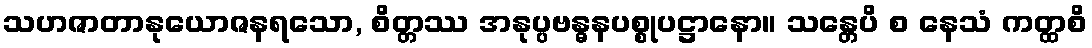
သဟဇာတာနုယောဇနရသော, စိတ္တဿ အနုပ္ပဗန္ဓနပစ္စုပဋ္ဌာနော။ သန္တေပိ စ နေသံ ကတ္ထစိ